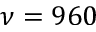
\nu = 9 6 0